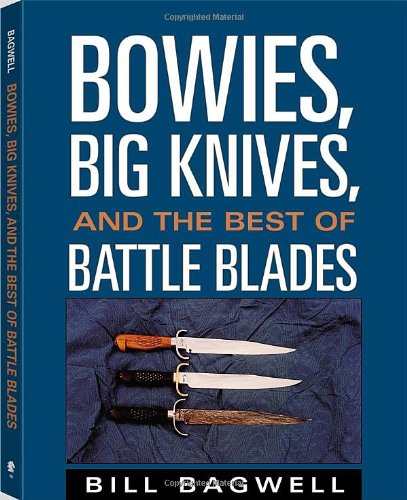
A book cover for Bowies, Big Knives, And The Best Of Battle Blades; Bill Bagwell; Crafts, Hobbies & Home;